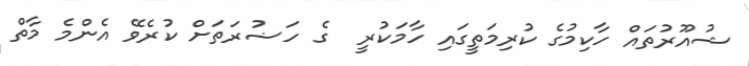
ޝުއޫރުތައް ހާކިމުގެ ކުރިމަތީގައި ހާމަކުރީ  ގެ ހަޟުރަތަށް ކުރެވޭ އެންމެ މާތް